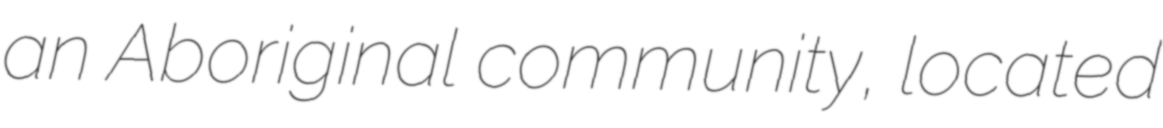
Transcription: an Aboriginal community, located